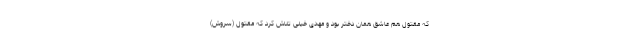
که مقتول هم عاشق همان دختر بود و مهدی خیلی تلاش کرد که مقتول (سروش)